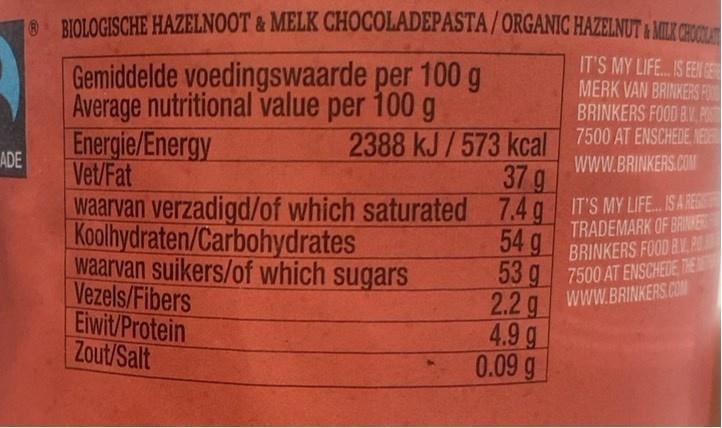
O BIOLOGISCHE HAZELNOOT & MELK CHOCOLADEPASTA/ORGANIC HAZELNUT & MIK CHOCA IT'S MY LIFE.IS EN GE MERK VAN BRINKERS FO BRINKERS FOOD BV. POST
Gemiddelde voedingswaarde per 100 g Average nutritional value per 100 g
Energie/Energy ADE Vet/Fat
2388 kJ / 573 kcal 7500 AT ENSCHEDE NE 37 g
WWW.BRINKERS.COM
waarvan verzadigd/of which saturated 7.4 g IT'S MY LIFE. ISARER Koolhydraten/Carbohydrates waarvan suikers/of which sugars Vezels/Fibers Eiwit/Protein Zout/Salt
TRADEMARK OF BRIKERS
54 g
BRINKERS FOOD BV, PA
53 g 7500 AT ENSCHEDE, THE 2.2 g 4.9 g 0.09 g
WWW.BRINKERS.COM